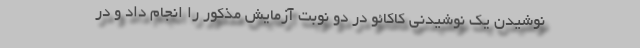
نوشیدن یک نوشیدنی کاکائو در دو نوبت آزمایش مذکور را انجام داد و در